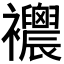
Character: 𧟒